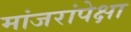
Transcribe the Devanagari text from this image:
मांजरांपेक्षा